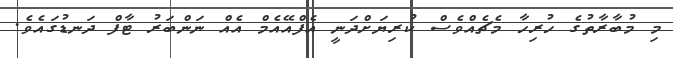
މި މުބާރާތުގެ ހުރިހާ މެޗެއްވެސް ކުރިޔަށްދަނީ އެފްއޭއެމް އެއް ނަންބަރު ޓާފް ދަނޑުގައެވެ.